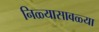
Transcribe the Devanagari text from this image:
निळ्यासावळ्या